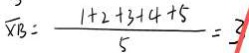
\overline { x B } = \frac { 1 + 2 + 3 + 4 + 5 } { 5 } = 3